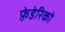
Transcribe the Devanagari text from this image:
फ़े़डेरिको